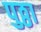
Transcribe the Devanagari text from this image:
पुठ्ठा